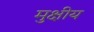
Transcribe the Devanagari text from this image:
मुक्षीय